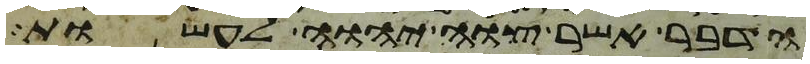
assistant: הדבר אשר צוה יהוה לעשות